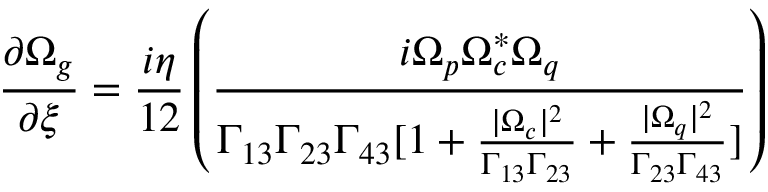
\frac { \partial \Omega _ { g } } { \partial \xi } = \frac { i \eta } { 1 2 } \left( \frac { i \Omega _ { p } \Omega _ { c } ^ { * } \Omega _ { q } } { \Gamma _ { 1 3 } \Gamma _ { 2 3 } \Gamma _ { 4 3 } [ 1 + \frac { | \Omega _ { c } | ^ { 2 } } { \Gamma _ { 1 3 } \Gamma _ { 2 3 } } + \frac { | \Omega _ { q } | ^ { 2 } } { \Gamma _ { 2 3 } \Gamma _ { 4 3 } } ] } \right)